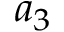
a _ { 3 }